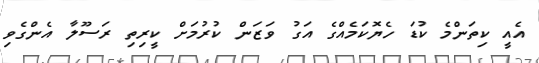
އެއީ ކިތަންމެ ކުޑަ ހެޔޮކަމެއްގެ އަގު ވަޒަން ކުރުމަށް ކީރިތި ރަސޫލާ އެންގެވި